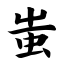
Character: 蚩